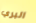
البري